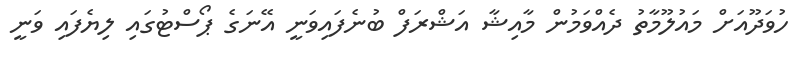
ހުވަދޫއަށް މައުލޫމާތު ދެއްވަމުން މާއިޝާ އަޝްރަފް ބުނެފައިވަނީ އޭނަގެ ޕޯސްޓުގައި ލިޔެފައި ވަނީ